Civil Veterinary Department Bengal reports 1923-33 - 1923-1933
Year: 1923
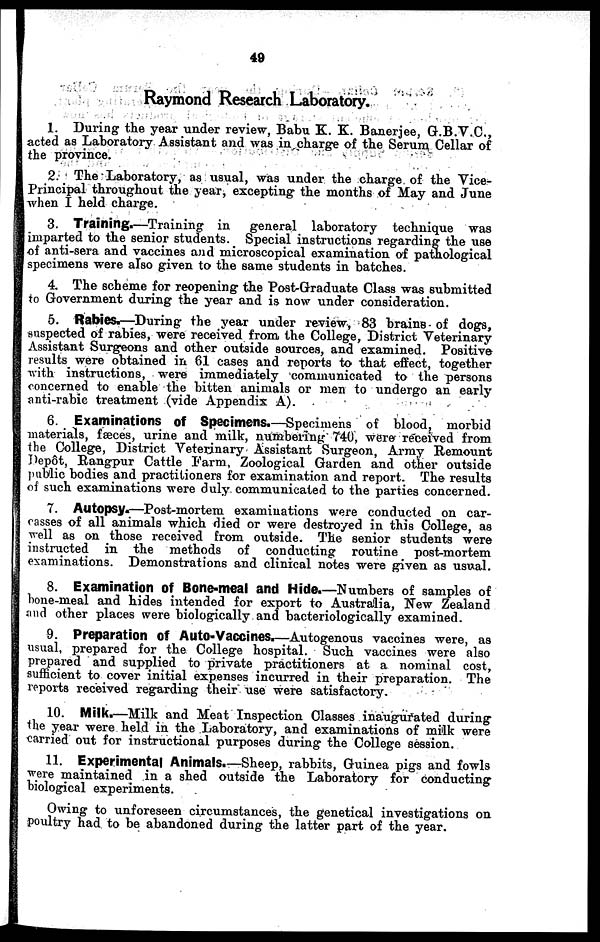
49
Raymond Research Laboratory.
1. During the year under review, Babu K. K. Banerjee, G.B.V.C.,
acted as Laboratory Assistant and was in charge of the Serum Cellar of
the province.
2. The Laboratory, as usual, was under the charge of the Vice-
Principal throughout the year, excepting the months of May and June
when I held charge.
3. Training.—Training in
general laboratory technique was
imparted to the senior students. Special instructions regarding the use
of anti-sera and vaccines and microscopical examination of pathological
specimens were also given to the same students in batches.
4. The scheme for reopening the Post-Graduate Class was submitted
to Government during the year and is now under consideration.
5. Rabies—During the year under review, 83 brains of dogs,
saspected of rabies, were received from the College, District Veterinary
Assistant Surgeons and other outside sources, and examined. Positive
results were obtained in 61 cases and reports to that effect, together
with instructions, were immediately communicated to the persons
concerned to enable the bitten animals or men to undergo an early
anti-rabic treatment (vide Appendix A).
6. Examinations of Specimens.—Specimens of blood, morbid
materials, fæces, urine and milk, numbering 740, were received from
the College, District Veterinary Assistant Surgeon, Array Remount
Depôt, Rangpur Cattle Farm, Zoological Garden and other outside
public bodies and practitioners for examination and report. The results
of such examinations were duly communicated to the parties concerned.
7. Autopsy-—Post-mortem examinations were conducted on car-
casses of all animals which died or were destroyed in this College, as
well as on those received from outside. The senior students were
instructed in the methods of conducting routine post-mortem
examinations. Demonstrations and clinical notes were given as usual.
8. Examination of Bone-meal and Hide.—Numbers of samples of
Lone-meal and hides intended for export to Australia, New Zealand
and other places were biologically and bacteriologically examined.
9. Preparation of Auto-Vaccines.—Autogenous vaccines were, as
usual, prepared for the College hospital. Such vaccines were also
prepared and supplied to private practitioners at a nominal cost,
sufficient to cover initial expenses incurred in their preparation. The
reports received regarding their use were satisfactory.
10. Milk.—Milk and Meat Inspection Classes inaugurated during
the year were held in the Laboratory, and examinations of milk were
carried out for instructional purposes during the College session.
11. Experimental Animals.—Sheep, rabbits, Guinea pigs and fowls
were maintained in a shed outside the Laboratory for conducting
biological experiments.
Owing to unforeseen circumstances, the genetical investigations on
poultry had to be abandoned during the latter part of the year.